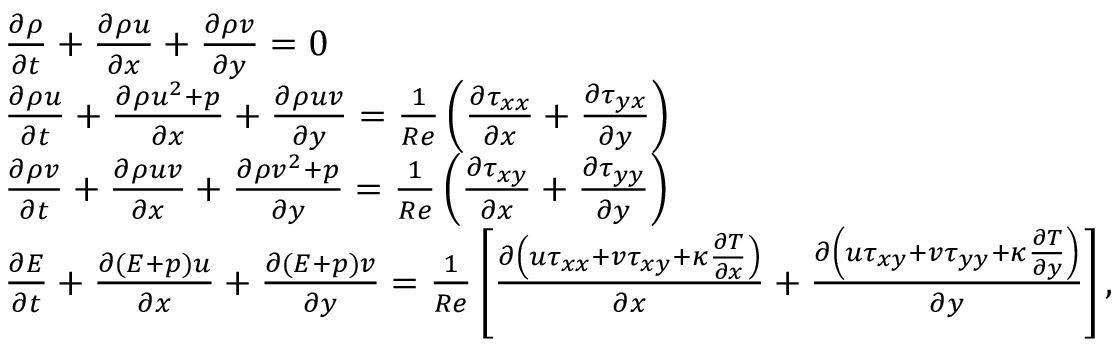
\begin{array} { r } { \begin{array} { r l } & { \frac { \partial { \rho } } { \partial { t } } + \frac { \partial { \rho } { u } } { \partial { x } } + \frac { \partial { \rho } { v } } { \partial { y } } = 0 } \\ & { \frac { \partial { \rho } { u } } { \partial { t } } + \frac { \partial { \rho } { u } ^ { 2 } + { p } } { \partial { x } } + \frac { \partial { \rho } { u } { v } } { \partial { y } } = \frac { 1 } { R e } \left( \frac { \partial { \tau } _ { x x } } { \partial { x } } + \frac { \partial { \tau } _ { y x } } { \partial { y } } \right) } \\ & { \frac { \partial { \rho } { v } } { \partial { t } } + \frac { \partial { \rho } { u } { v } } { \partial { x } } + \frac { \partial { \rho } { v } ^ { 2 } + { p } } { \partial { y } } = \frac { 1 } { R e } \left( \frac { \partial { \tau } _ { x y } } { \partial { x } } + \frac { \partial { \tau } _ { y y } } { \partial { y } } \right) } \\ & { \frac { \partial { E } } { \partial { t } } + \frac { \partial ( { E } + { p } ) { u } } { \partial { x } } + \frac { \partial ( { E } + { p } ) { v } } { \partial { y } } = \frac { 1 } { R e } \left[ \frac { \partial \left( { u } { { \tau } } _ { x x } + { v } { { \tau } } _ { x y } + { { \kappa } } \frac { \partial { T } } { \partial { x } } \right) } { \partial { x } } + \frac { \partial \left( { u } { { \tau } } _ { x y } + { v } { { \tau } } _ { y y } + { { \kappa } } \frac { \partial { T } } { \partial { y } } \right) } { \partial { y } } \right] , } \end{array} } \end{array}